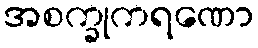
အစက္ခုကရဏော